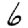
Digit: 6